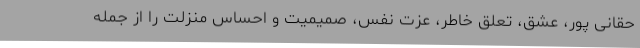
حقانی پور، عشق، تعلق خاطر، عزت نفس، صمیمیت و احساس منزلت را از جمله